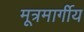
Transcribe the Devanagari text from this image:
मूत्रमार्गीय